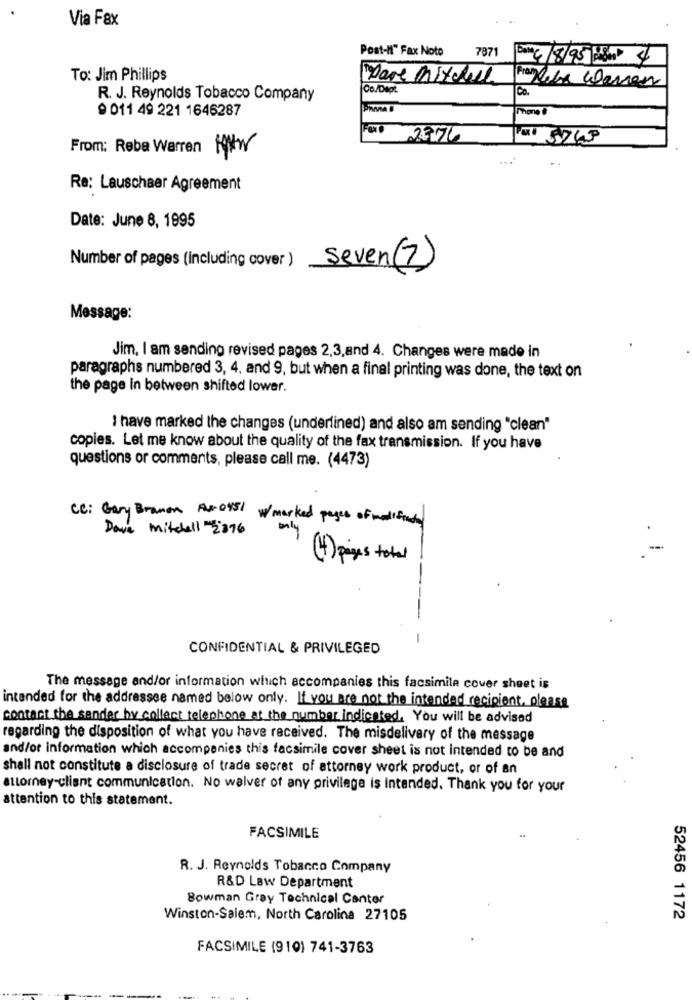
Via Fax
Post-N" Fax Noto
7871
Bin 4 /8/95 MM
To: Jim Phillips
Franz Lila Waren
12
Co/Dept.
Co.
R. J. Reynolds Tobacco Company
9 011 49 221 1646287
Mono &
2376
From: Rebe Warren KNW
Re: Lauschaer Agreement
Date: June 8, 1995
Number of pages (Including cover )
Seven (7)
Message:
Jim, I am sending revised pages 2,3,and 4. Changes were made in
paragraphs numbered 3, 4, and 9, but when a final printing was done, the text on
the page in between shifted lower.
I have marked the changes (underlined) and also am sending "clean"
copies. Let me know about the quality of the fax transmission. If you have
questions or comments, please call me. (4473)
CC: Gary Branon A4. 0951 w/ marked pages of modificato
Dave mitchell "2376
only
-
(4) pages total
-
CONFIDENTIAL & PRIVILEGED
The message and/or information which accompanies this facsimile cover sheet is
intended for the addressee named below only. If you are not the intended recipient, please
contact the sender by collect telephone at the number indicated. You will be advised
regarding the disposition of what you have received. The misdelivery of the message
and/or information which accompanies this facsimile cover sheet is not intended to be and
shall not constitute a disclosure of trade secret of attorney work product, or of an
attorney-client communication. No waiver of any privilege is intended. Thank you for your
attention to this statement.
FACSIMILE
R. J. Reynolds Tobacco Company
R&D Law Department
Bowman Gray Technical Cantor
Winston-Salem, North Carolina 27105
52456 1172
FACSIMILE (910) 741-3763